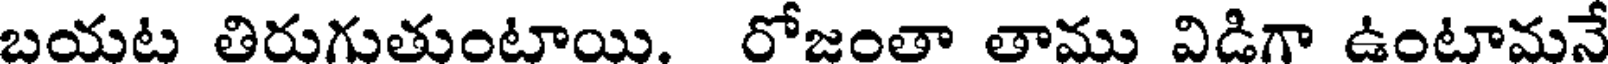
బయట తిరుగుతుంటాయి. రోజంతా తాము విడిగా ఉంటామనే